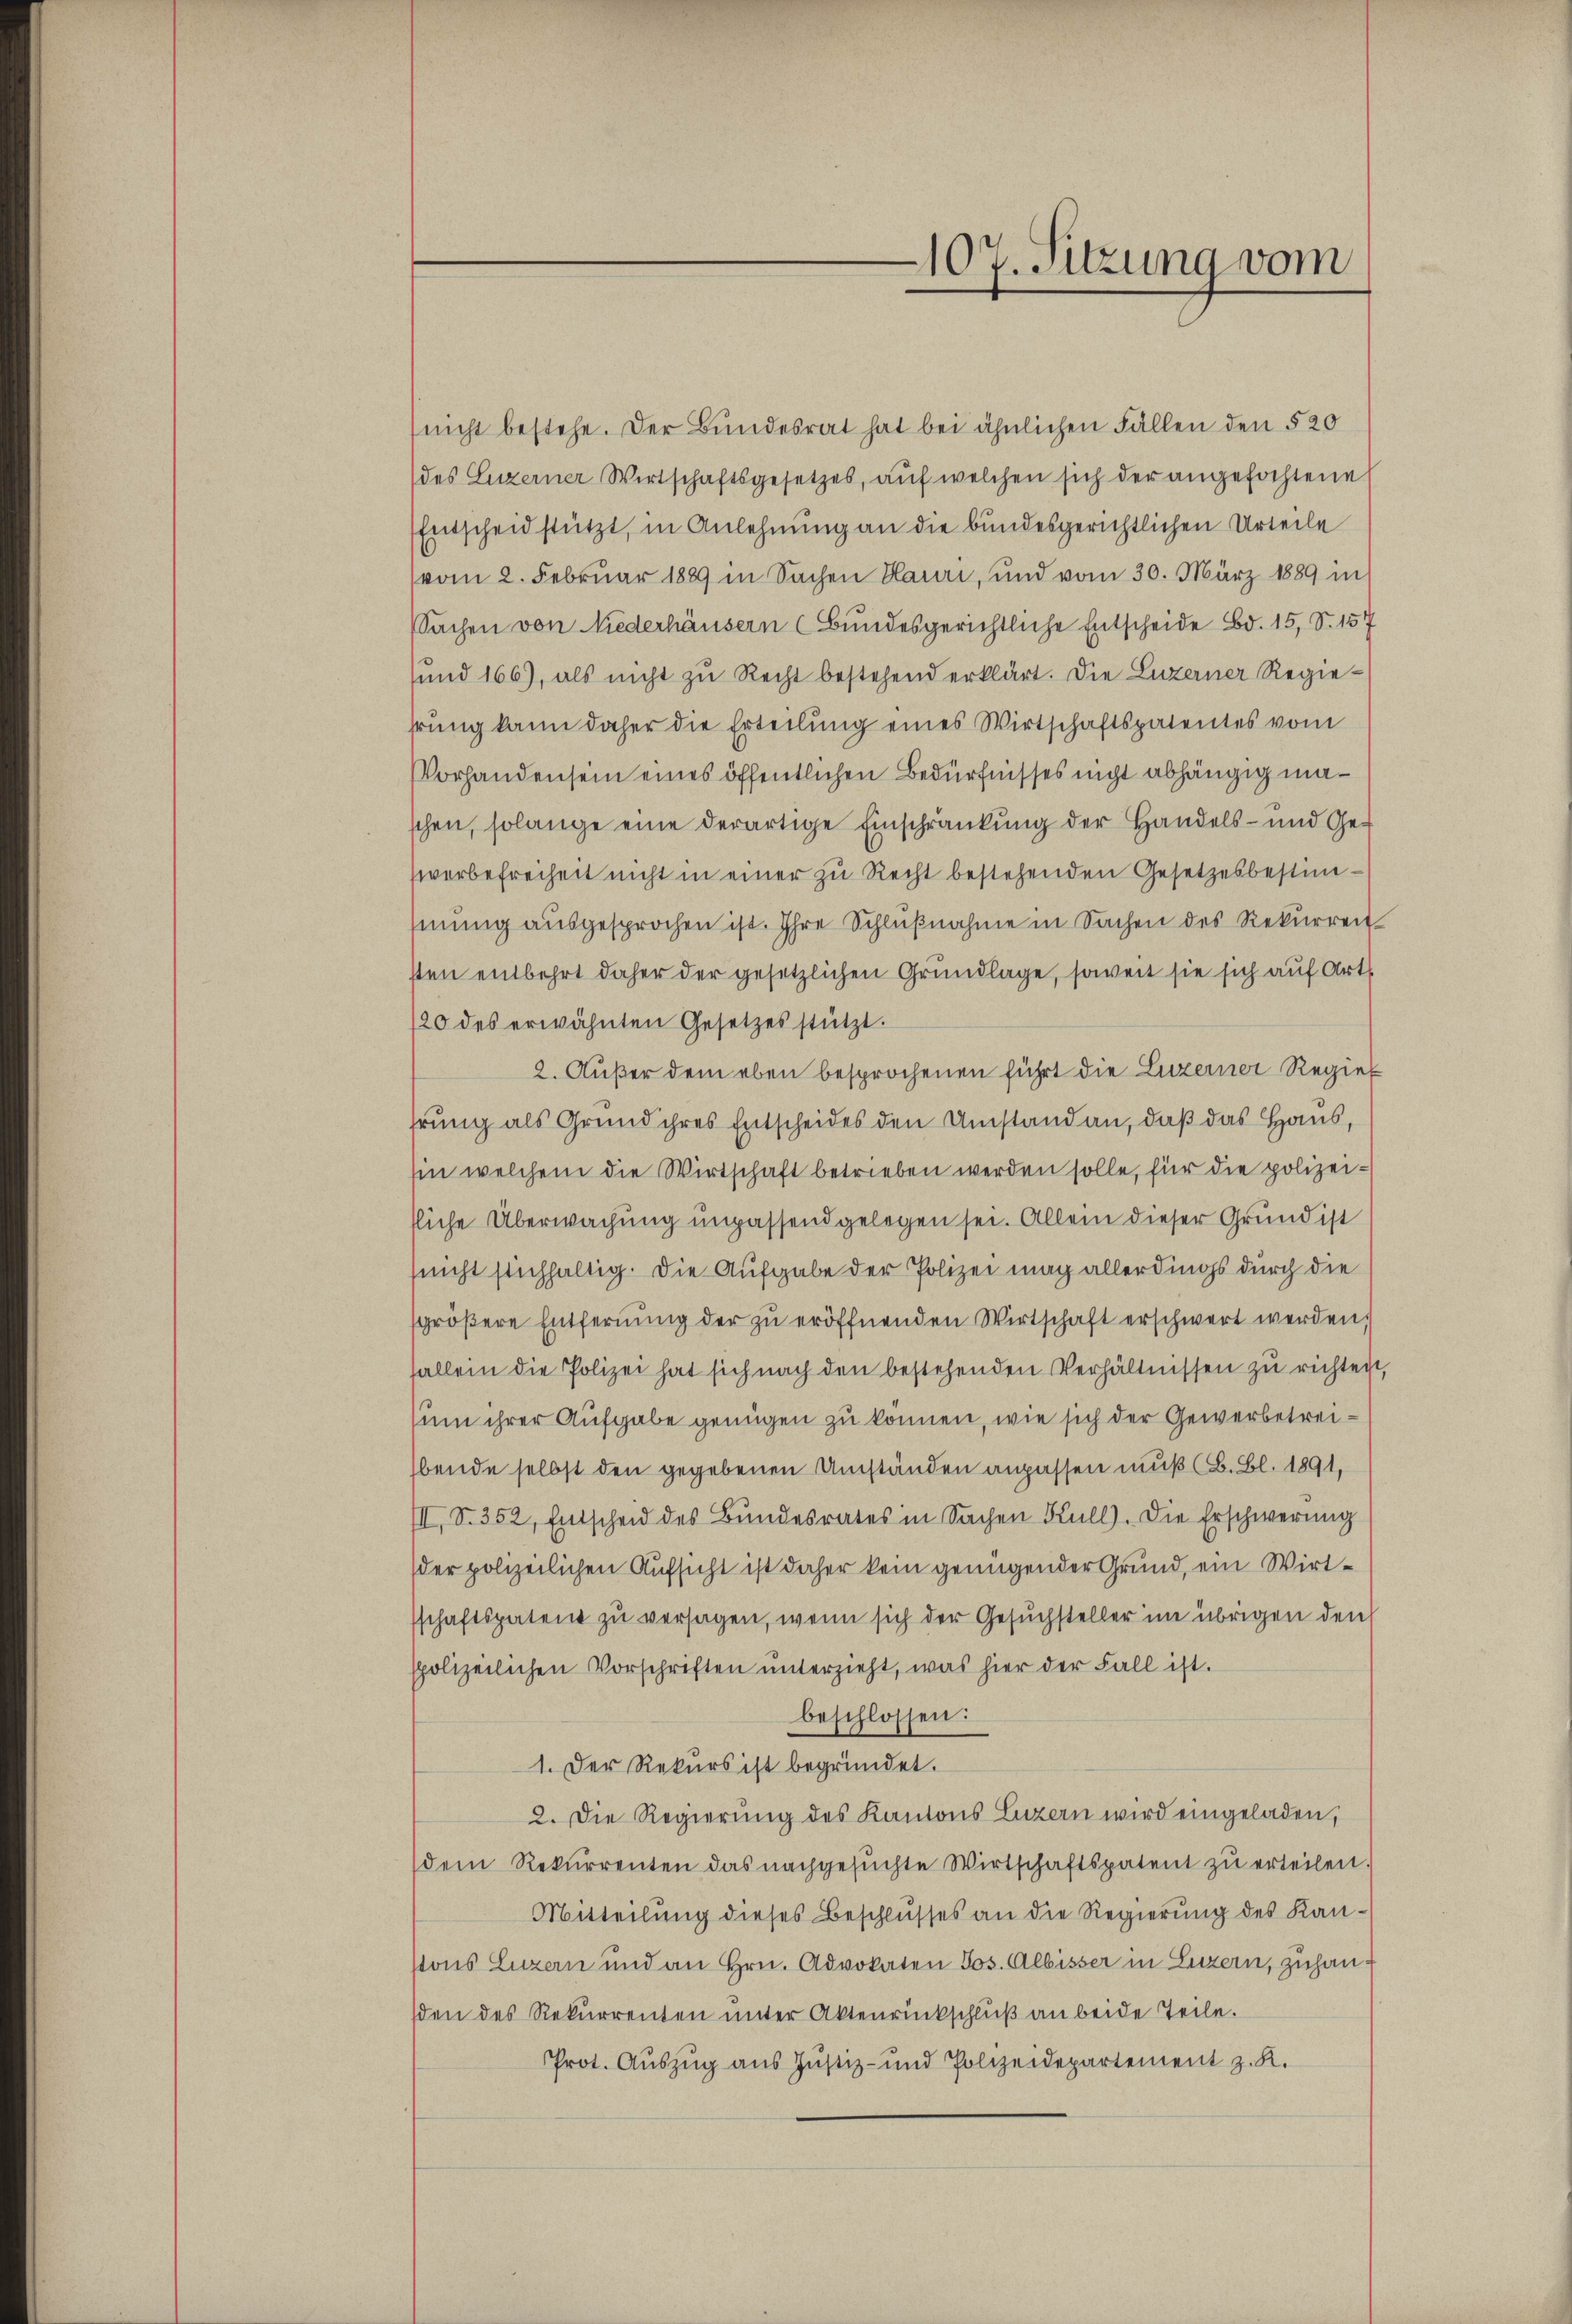
(nicht bestehe. Der Bundesrat hat bei ähnlichen Fällen den 520
(des Luzerner Wirtschaftsgesetzes, aŭf welchen sich der angefochtene
Entscheid stützt, in Anlehnung an die bundesgerichtlichen Urteile
vom 2. Februar 1889 in Sachen Hauri, und vom 30. März 1889 in
sSachen von Niederhäusern (Bundesgerichtliche Entscheide Bd. 15, S. 157
sund 166), als nicht zu Recht bestehend erklärt. Die Luzerner Regiehrung kann daher die Erteilung eines Wirtschaftspatentes vom
Vorhandensein eines öffentlichen Bedürfnisses nicht abhängig maschen, solange eine derartige Einschränkung der Handels- und Gewerbefreiheit nicht in einer zu Recht bestehenden Gesetzesbestim-
mung ausgesprochen ist. Ihre Schlŭβnahme in Sachen des Rekurren
sten entbehrt daher der gesetzlichen Grundlage, soweit sie sich auf Art
/20 des erwähnten Gesetzes stützt.
2. Außer dem eben besprochenen führt die Luzerner Regier
hrung als Grund ihres Entscheides den Umstand an, daß das Haus,
hin welchem die Wirtschaft betrieben werden solle, für die polizeitliche Überwachung unpassend gelegen sei. Allein dieser Grund ist
sucht stichhaltig. Die Aufgabe der Polizei mag allerdings durch die
sgrößere Entfernung der zu eröffnenden Wirtschaft erschwert werden,
fallein die Polizei hat sich nach den bestehenden Verhältnissen zu richten,
um ihrer Aufgabe genügen zu können, wie sich der Gewerbetreibende selbst den gegebenen Umständen anpassen muß (B. Bl. 1891,
III. S. 352, Entscheid des Bundesrates in Sachen Kull. Die Erschwerung
der polizeilichen Aufsicht ist daher kein genügender Grund, ein Wirtsschaftspatent zu versagen, wenn sich der Gesuchsteller im übrigen den
spolizeilichen Vorschriften ŭnterzieht, was hier der Fall ist.
beschlossen:
1. Der Rekurs ist begründet.
2. Die Regierŭng des Kantons Luzern wird eingeladen,
(dem Rekŭrrenten das nachgesŭchte Wirtschaftspatent zŭ erteilen.
Mitteilung dieses Beschlusses an die Regierung des Kan¬
Nons Luzern und an Hrn. Advokaten Jos. Albisser in Luzern, zuhansden des Rekurrenten unter Aktenrückschluß an beide Teile.
Prot. Auszug aus Justiz- und Polizeidepartement z. R.

107. Sitzung vom